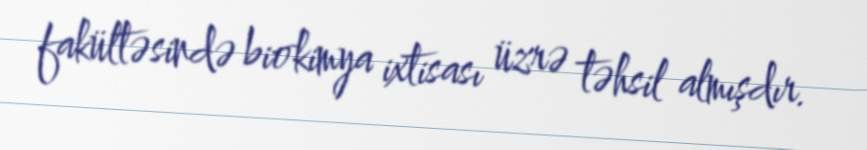
fakültəsində biokimya ixtisası üzrə təhsil almışdır.